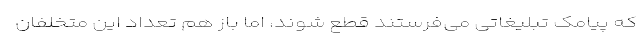
که پیامک‌ تبلیغاتی می‌فرستند قطع شوند، اما باز هم تعداد این متخلفان